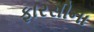
ફારસીના